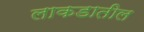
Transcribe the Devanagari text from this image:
लाकडातील